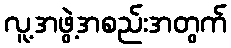
လူ့အဖွဲ့အစည်းအတွက်